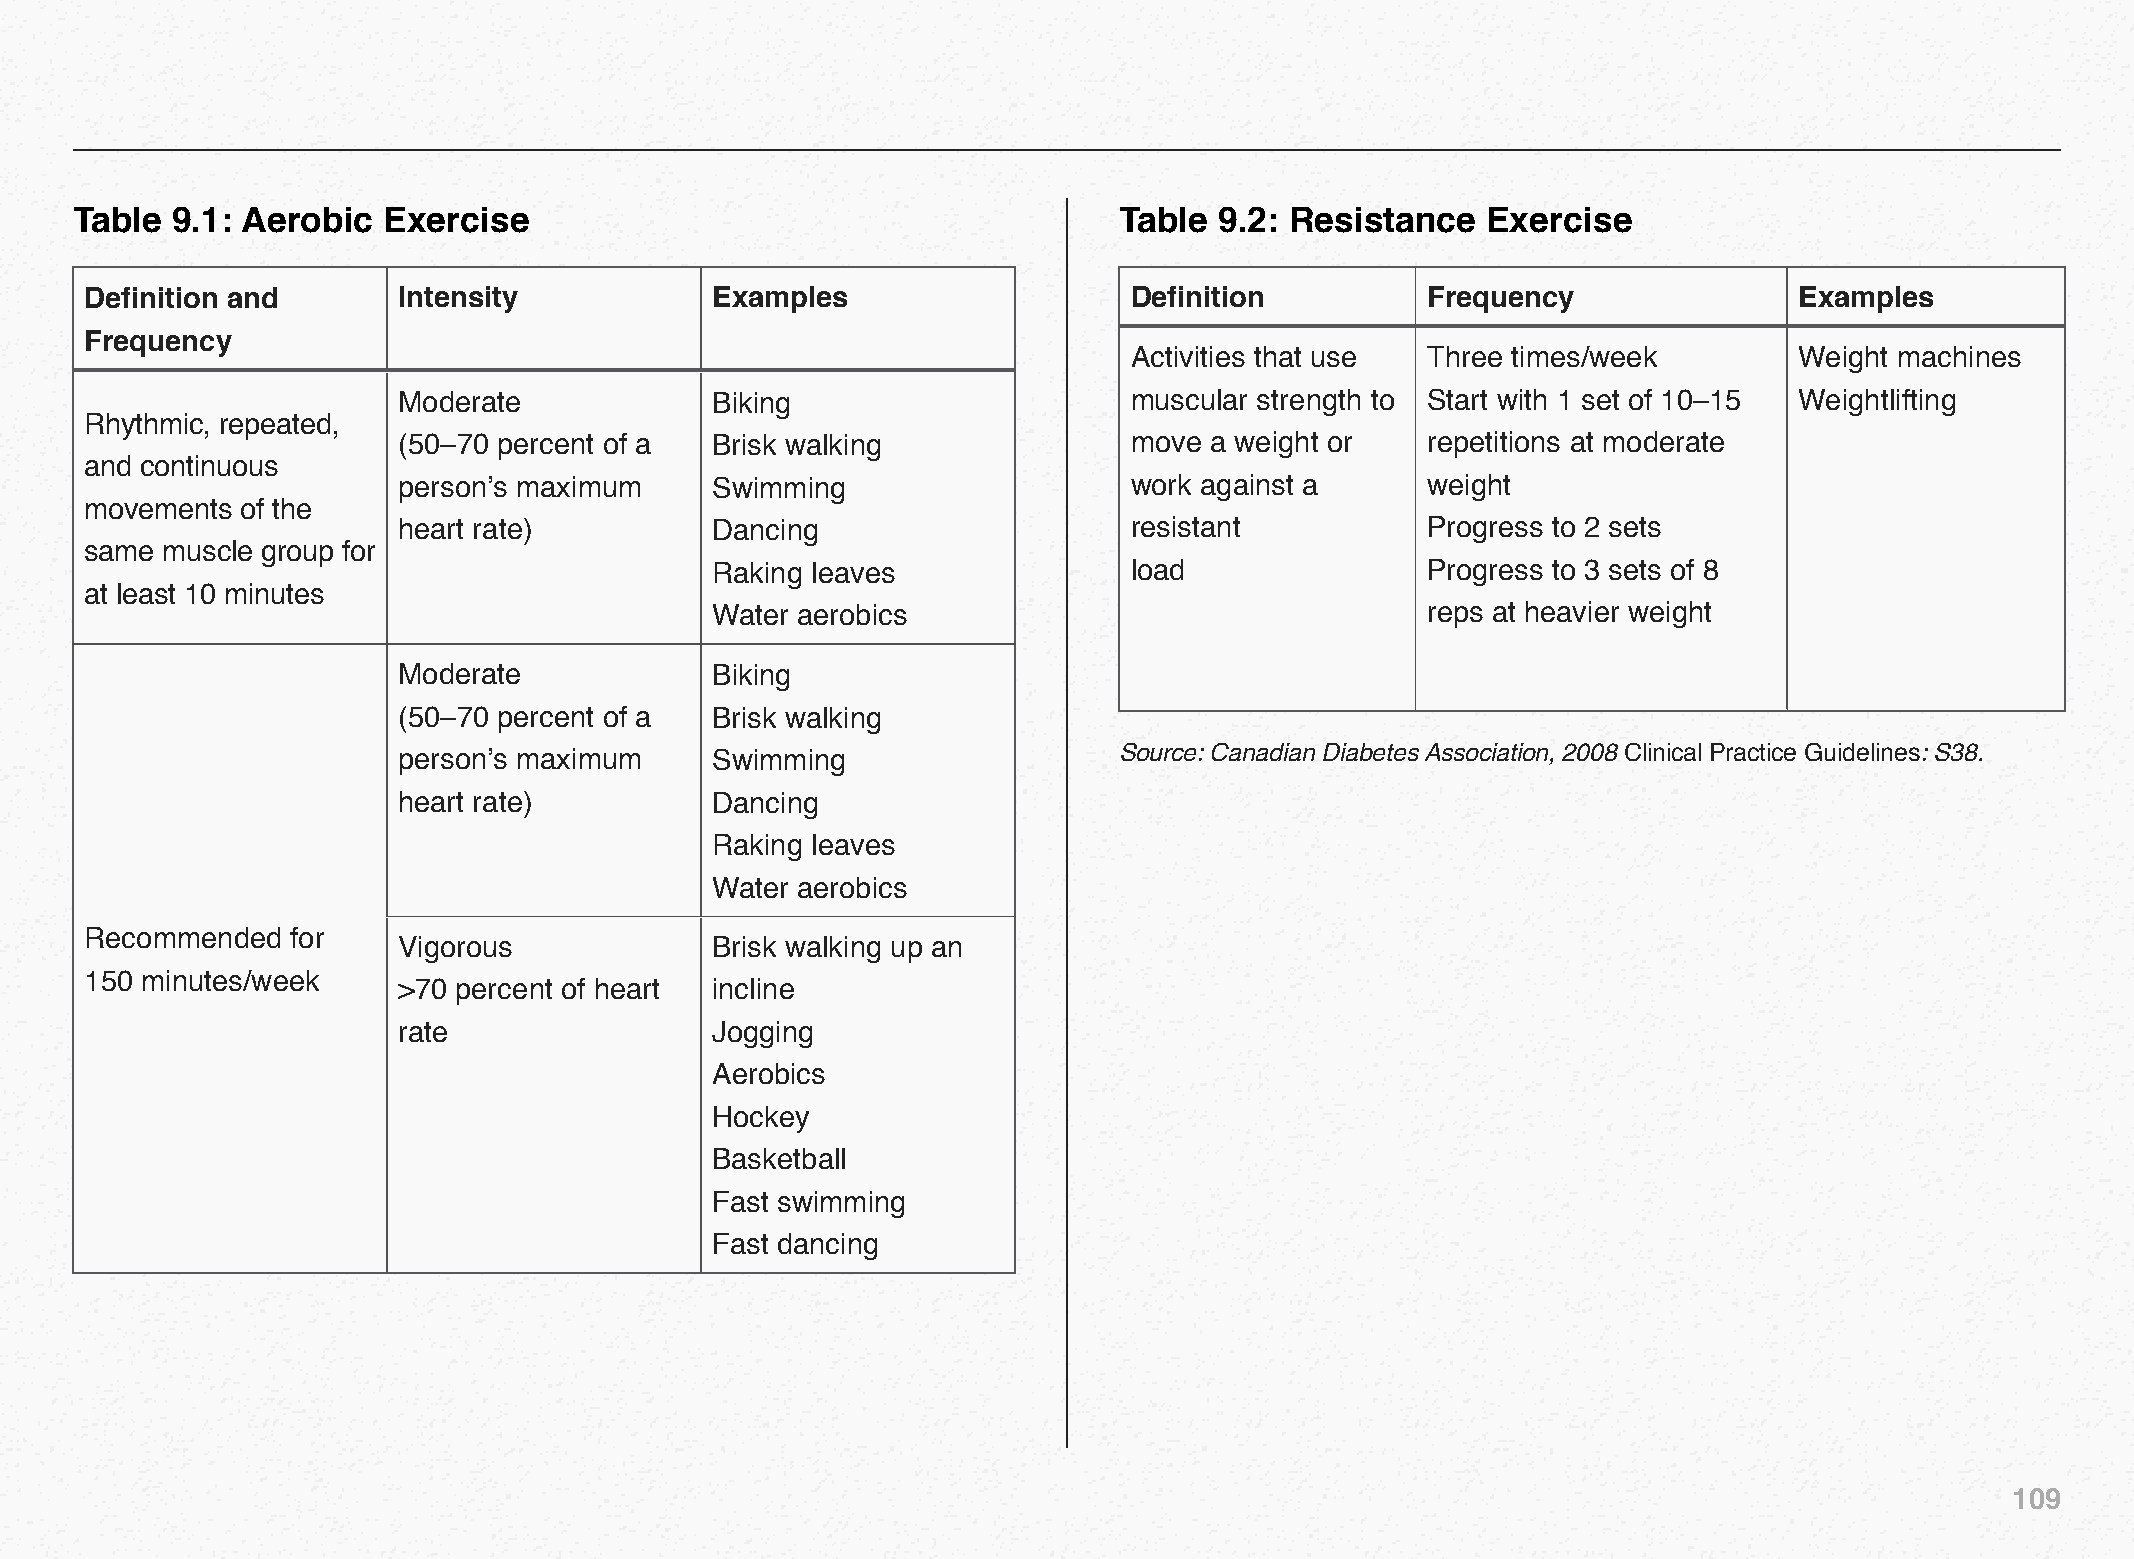
Table 9.1: Aerobic  Exercise                                         Table  9.2: Resistance  Exercise
 Definition and      Intensity            Examples                    Definition         Frequency                Examples
 Frequency
 Activities that use Three times/week        Weight machines
 Moderate             Biking                      muscular strength to Start with 1 set of 10–15 Weightlifting
 Rhythmic, repeated,
 (50–70 percent of a  Brisk walking               move a weight or   repetitions at moderate
 and continuous
 person’s maximum     Swimming                    work against a     weight
 movements of the
 heart rate)          Dancing                     resistant          Progress to 2 sets
 same muscle group for
 Raking leaves               load               Progress to 3 sets of 8
 at least 10 minutes
 Water aerobics                                 reps at heavier weight
 Moderate             Biking
 (50–70 percent of a  Brisk walking
 person’s maximum     Swimming                   Source: Canadian Diabetes Association, 2008 Clinical Practice Guidelines: S38.
 heart rate)          Dancing
 Raking leaves
 Water aerobics
 RReeccoommmmeennddeedd ffoorr
 Vigorous             Brisk walking up an
 115500 mmiinnuutteess//wweeeekk
 >70 percent of heart incline
 rate                 Jogging
 Aerobics
 Hockey
 Basketball
 Fast swimming
 Fast dancing
 109